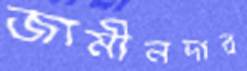
জামীনদার